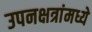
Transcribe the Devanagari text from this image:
उपनक्षत्रांमध्ये